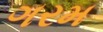
ગરમ